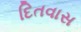
દિતવાસ